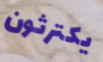
يكترثون